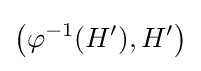
{\bigl (}\varphi ^{-1}(H'),H'{\bigr )}